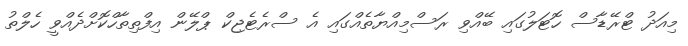
މިއަދު ޓްރޭޑާސް ހޮޓަލުގައި ބޭއްވި ރަސްމިއްޔާތެއްގައި އެ ސްރެޓެޖިކް ޕްލޭން އިފްތިތާހްކޮށްދެއްވީ ހެލްތު